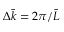
\Delta \bar { k } = 2 \pi / \bar { L }